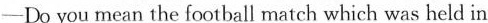
—Do you mean the football match which was held in